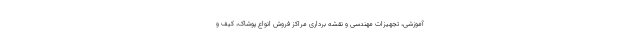
آموزشی، تجهیزات مهندسی و نقشه برداری مراکز فروش انواع پوشاک، کیف و